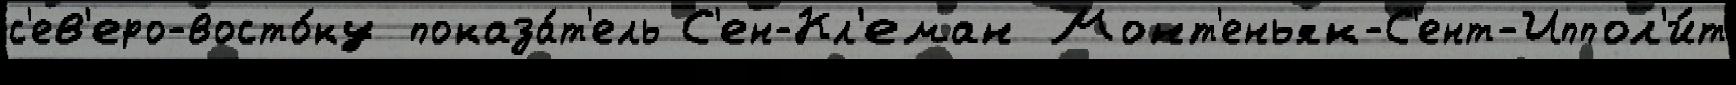
с'ев'еро-восто́ку показа́т'ель С'ен-Кл'еман Монт'еньяк-С'ент-Иппол'и́т